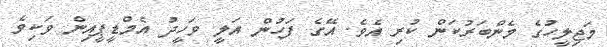
މަޖިލީހުގެ މެންބަރުކަން ކުރި އެވެ. އޭގެ ފަހުން އަލީ ވަހީދު އެމްޑީޕީއިން ވަކިވެ